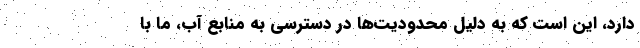
دارد، این است که به دلیل محدودیت‌ها در دسترسی به منابع آب، ما با